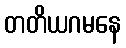
တတိယဂမနေ